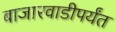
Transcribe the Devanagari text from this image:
बाजारवाडीपर्यंत